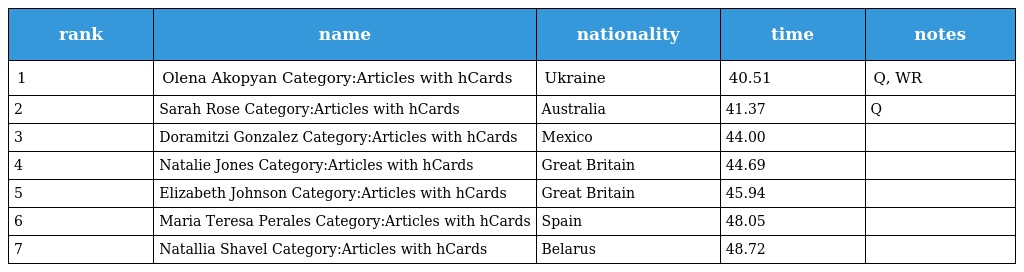
| rank | name | nationality | time | notes |
 | --- | --- | --- | --- | --- |
 | 1 | Olena Akopyan Category:Articles with hCards | Ukraine | 40.51 | Q, WR |
 | 2 | Sarah Rose Category:Articles with hCards | Australia | 41.37 | Q |
 | 3 | Doramitzi Gonzalez Category:Articles with hCards | Mexico | 44.00 |  |
 | 4 | Natalie Jones Category:Articles with hCards | Great Britain | 44.69 |  |
 | 5 | Elizabeth Johnson Category:Articles with hCards | Great Britain | 45.94 |  |
 | 6 | Maria Teresa Perales Category:Articles with hCards | Spain | 48.05 |  |
 | 7 | Natallia Shavel Category:Articles with hCards | Belarus | 48.72 |  |